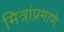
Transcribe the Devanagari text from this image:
मित्रांप्रमाणे